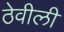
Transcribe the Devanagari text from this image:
ठेवीली